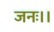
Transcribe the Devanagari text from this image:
जनः।।